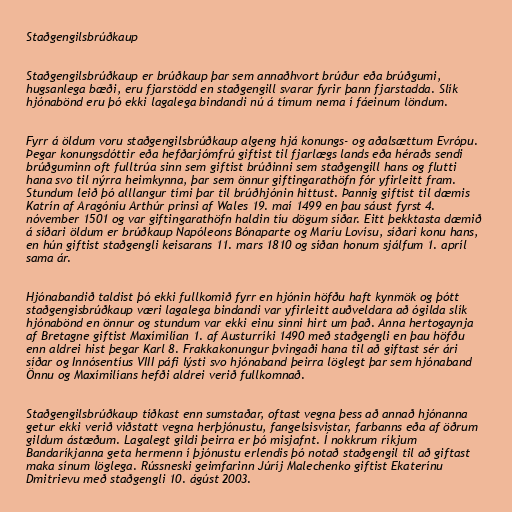
Staðgengilsbrúðkaup

Staðgengilsbrúðkaup er brúðkaup þar sem annaðhvort brúður eða brúðgumi,
hugsanlega bæði, eru fjarstödd en staðgengill svarar fyrir þann fjarstadda. Slík
hjónabönd eru þó ekki lagalega bindandi nú á tímum nema í fáeinum löndum.

Fyrr á öldum voru staðgengilsbrúðkaup algeng hjá konungs- og aðalsættum Evrópu.
Þegar konungsdóttir eða hefðarjómfrú giftist til fjarlægs lands eða héraðs sendi
brúðguminn oft fulltrúa sinn sem giftist brúðinni sem staðgengill hans og flutti
hana svo til nýrra heimkynna, þar sem önnur giftingarathöfn fór yfirleitt fram.
Stundum leið þó alllangur tími þar til brúðhjónin hittust. Þannig giftist til dæmis
Katrín af Aragóníu Arthúr prinsi af Wales 19. maí 1499 en þau sáust fyrst 4.
nóvember 1501 og var giftingarathöfn haldin tíu dögum síðar. Eitt þekktasta dæmið
á síðari öldum er brúðkaup Napóleons Bónaparte og Maríu Lovísu, síðari konu hans,
en hún giftist staðgengli keisarans 11. mars 1810 og síðan honum sjálfum 1. apríl
sama ár.

Hjónabandið taldist þó ekki fullkomið fyrr en hjónin höfðu haft kynmök og þótt
staðgengisbrúðkaup væri lagalega bindandi var yfirleitt auðveldara að ógilda slík
hjónabönd en önnur og stundum var ekki einu sinni hirt um það. Anna hertogaynja
af Bretagne giftist Maxímilían 1. af Austurríki 1490 með staðgengli en þau höfðu
enn aldrei hist þegar Karl 8. Frakkakonungur þvingaði hana til að giftast sér ári
síðar og Innósentíus VIII páfi lýsti svo hjónaband þeirra löglegt þar sem hjónaband
Önnu og Maxímilíans hefði aldrei verið fullkomnað.

Staðgengilsbrúðkaup tíðkast enn sumstaðar, oftast vegna þess að annað hjónanna
getur ekki verið viðstatt vegna herþjónustu, fangelsisvistar, farbanns eða af öðrum
gildum ástæðum. Lagalegt gildi þeirra er þó misjafnt. Í nokkrum ríkjum
Bandaríkjanna geta hermenn í þjónustu erlendis þó notað staðgengil til að giftast
maka sínum löglega. Rússneski geimfarinn Júríj Malechenko giftist Ekaterínu
Dmitrievu með staðgengli 10. ágúst 2003.